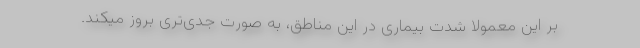
بر این معمولا شدت بیماری در این مناطق، به صورت جدی‌تری بروز میکند.